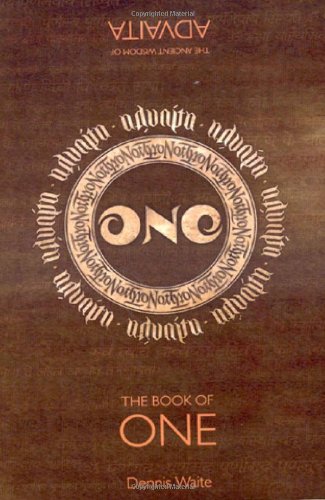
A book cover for The Book of One; Dennis Waite; Politics & Social Sciences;